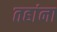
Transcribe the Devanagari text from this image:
तहांना